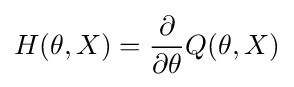
H(\theta ,X)={\frac {\partial }{\partial \theta }}Q(\theta ,X)